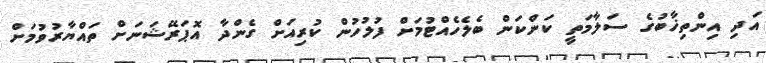
އަދި އިންތިޚާބުގެ ސަލާމަތީ ކަންކަން ބެލެހެއްޓުމަށް ފުލުހުން ކުރިއަށް ގެންދާ އޮޕަރޭޝަނަށް ތައްޔާރުވުމަށް